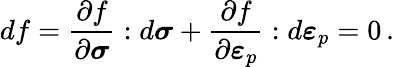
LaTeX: df={\frac{\partial f}{\partial{\boldsymbol{\sigma}}}}:d{\boldsymbol{\sigma}}+{\frac{\partial f}{\partial{\boldsymbol{\varepsilon}}_{p}}}:d{\boldsymbol{\varepsilon}}_{p}=0\, .